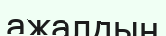
ажалдың